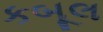
કબૂલ